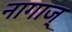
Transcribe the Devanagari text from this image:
नागाज्